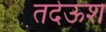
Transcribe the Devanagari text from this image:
तदेऊश